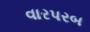
વારપરબ